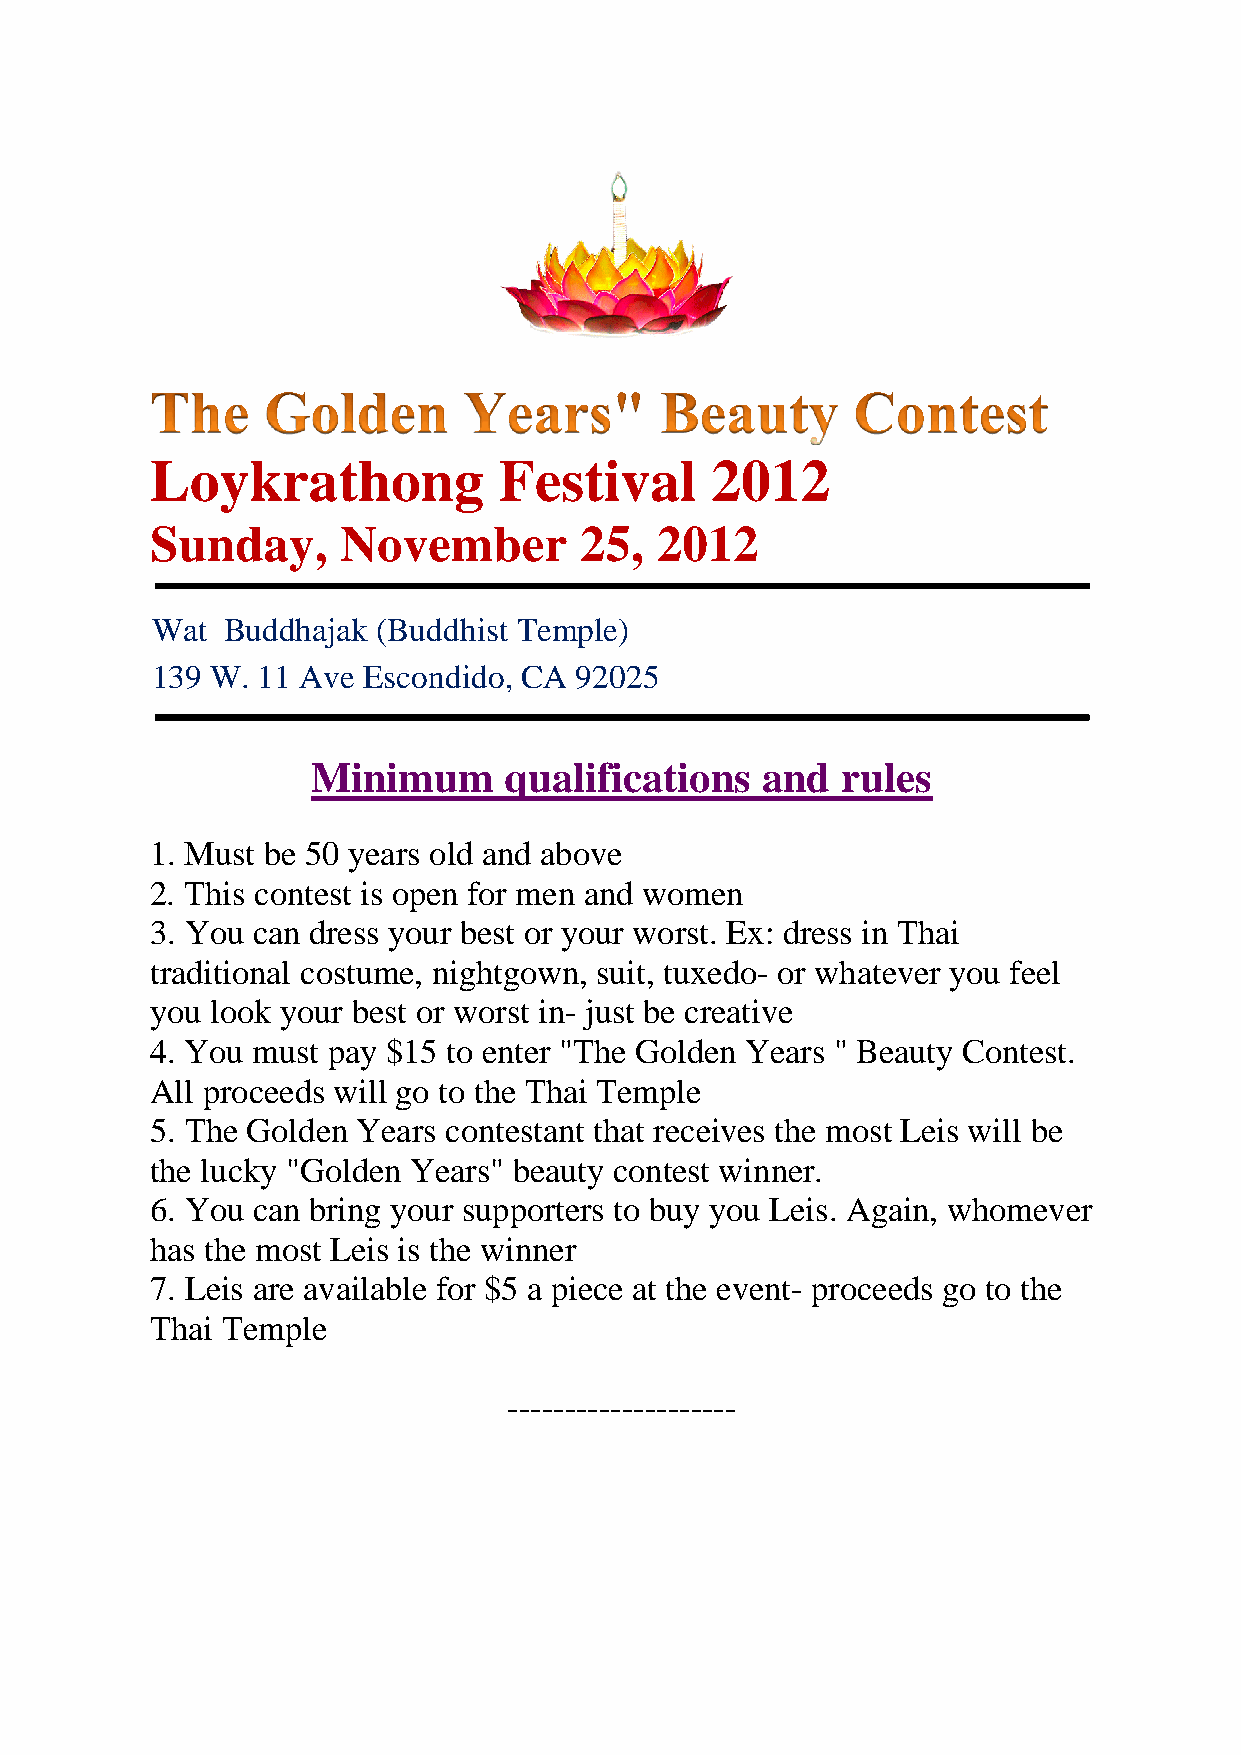
Loykrathong            Festival      2012
 Sunday,      November       25,  2012
 Wat  Buddhajak (Buddhist Temple)
 139 W. 11 Ave Escondido, CA 92025
 Minimum     qualifications   and   rules
 1. Must be 50 years old and above
 2. This contest is open for men and women
 3. You can dress your best or your worst. Ex: dress in Thai
 traditional costume, nightgown, suit, tuxedo- or whatever you feel
 you look your best or worst in- just be creative
 4. You must pay $15 to enter "The Golden Years " Beauty Contest.
 All proceeds will go to the Thai Temple
 5. The Golden Years contestant that receives the most Leis will be
 the lucky "Golden Years" beauty contest winner.
 6. You can bring your supporters to buy you Leis. Again, whomever
 has the most Leis is the winner
 7. Leis are available for $5 a piece at the event- proceeds go to the
 Thai Temple
 --------------------